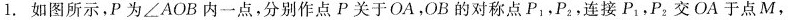
1.如图所示，P为∠ A O B内一点，分别作点P关于O A，O B的对称点P_{ 1 }，P_{ 2 }，连接P_{ 1 }，P_{ 2 }交O A于点M，